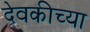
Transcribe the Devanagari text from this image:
देवकीच्या